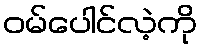
ဝမ်ပေါင်လဲ့ကို